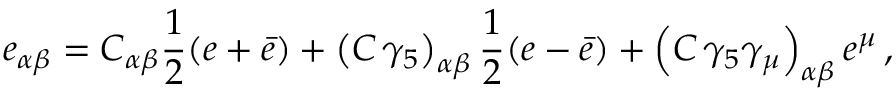
e _ { \alpha \beta } = C _ { \alpha \beta } { \frac { 1 } { 2 } } ( e + \bar { e } ) + \left( C \, \gamma _ { 5 } \right) _ { \alpha \beta } { \frac { 1 } { 2 } } ( e - \bar { e } ) + \left( C \, \gamma _ { 5 } \gamma _ { \mu } \right) _ { \alpha \beta } e ^ { \mu } \, ,